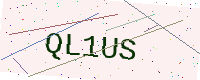
Text: QL1US